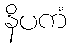
နိပကံ